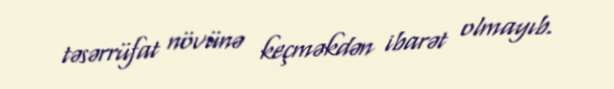
təsərrüfat növünə keçməkdən ibarət olmayıb.